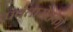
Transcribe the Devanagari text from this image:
पर्वतारोहकों